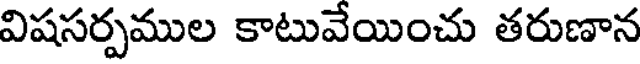
విషసర్పముల కాటువేయించు తరుణాన